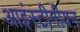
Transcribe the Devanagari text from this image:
आइंस्टीनीयन